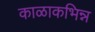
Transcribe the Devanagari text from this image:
काळाकभिन्न